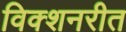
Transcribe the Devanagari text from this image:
विक्शनरीत